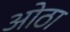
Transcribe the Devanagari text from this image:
ओठा